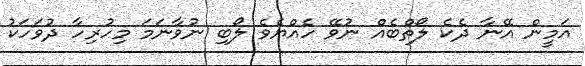
އަމީން އޭނާ ދެކެ ލޯތްބެއް ނުވޭ ހެއްޔެވެ ލޯބި ނުވާނަމަ މިހުރިހާ ދުވަހަކު